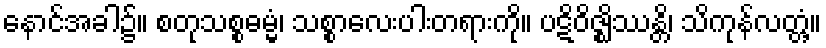
နောင်အခါ၌။ စတုသစ္စဓမ္မံ၊ သစ္စာလေးပါးတရားကို။ ပဋိဝိဇ္ဈိဿန္တိ၊ သိကုန်လတ္တံ့။